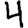
Digit: 4